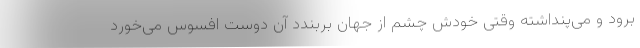
برود و می‌پنداشته وقتی خودش چشم از جهان بربندد آن دوست افسوس می‌خورد